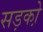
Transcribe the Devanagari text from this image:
सड़को़